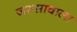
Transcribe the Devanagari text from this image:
जस्‍सावाला